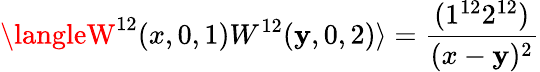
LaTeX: \langleW^{12}(x,0,1)W^{12}(\mathbf{y},0,2)\rangle=\frac{{(1^{12}2^{12})}}{{(x-\mathbf{y})^{2}}}